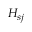
H _ { s j }